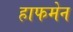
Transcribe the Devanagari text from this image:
हाफमेन